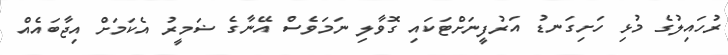
ރުހައިލުގެ މުޅި ހަށިގަނޑު އަރުފީނަށްޓަކައި ގޮވާލި ނަމަވެސް އޭނާގެ ޟަމީރު އެކަމަށް އިޖާބައެއް